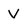
Character: v